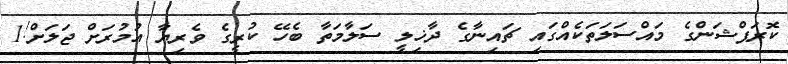
ކޮރަޕްޝަންގެ މައްސަލަތަކެއްގައި ޗައިނާގެ ދާޚިލީ ސަލާމަތާ ބެހޭ ކުރީގެ ވެރިޔާ އުމުރަށް ޖަލަށް!1